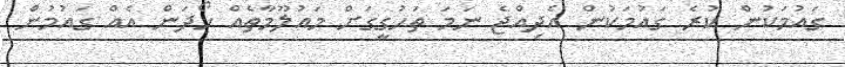
ގައުމަކުން ކުރެ ގައުމަކުން އެދިއްޖެ ނަމަ ތަހުގީގަށް މައުލޫމާތެއް ހޯދަން އެއް ގައުމުން